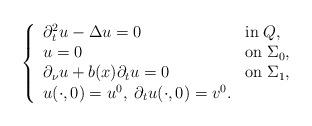
\begin{align*}\left\{\begin{array}{lll}\partial _t^2 u - \Delta u = 0 \;\; &\textrm{in}\; Q, \\u = 0 &\textrm{on}\; \Sigma _0, \\\partial _\nu u +b(x)\partial _tu= 0 &\textrm{on}\; \Sigma _1, \\u(\cdot ,0) = u^0,\; \partial_t u (\cdot ,0) = v^0.\end{array}\right.\end{align*}